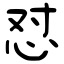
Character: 怼